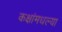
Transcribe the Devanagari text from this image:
कक्षांमधल्या